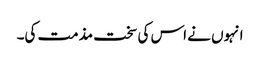
انہوں نے اس کی سخت مذمت کی۔